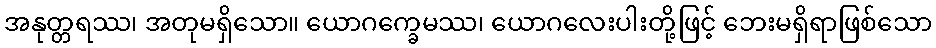
အနုတ္တရဿ၊ အတုမရှိသော။ ယောဂက္ခေမဿ၊ ယောဂလေးပါးတို့ဖြင့် ဘေးမရှိရာဖြစ်သော